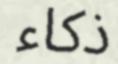
ذكاء